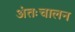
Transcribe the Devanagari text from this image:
अंतःचालन